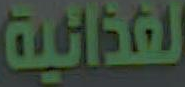
الغذائية